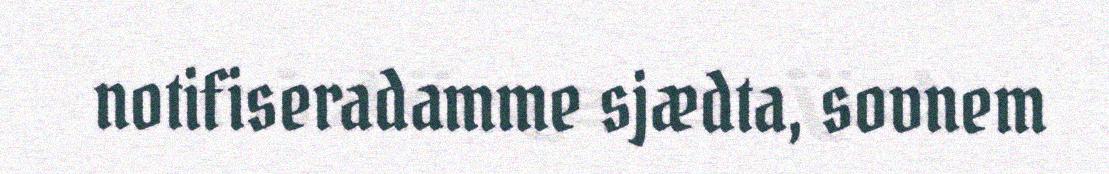
notifiseradamme sjædta, sovnem